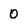
Character: 0